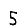
Digit: 5